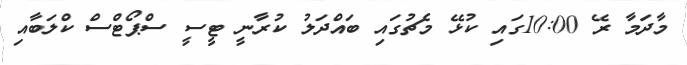
މާދަމާ ރޭ 10:00ގައި ކުޅޭ މެޗުގައި ބައްދަލު ކުރާނީ ޓީސީ ސްޕޯޓްސް ކްލަބާއި